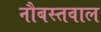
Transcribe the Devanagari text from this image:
नौबस्तवाल